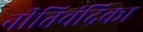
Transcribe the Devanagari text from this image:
नीतिचंद्रिका